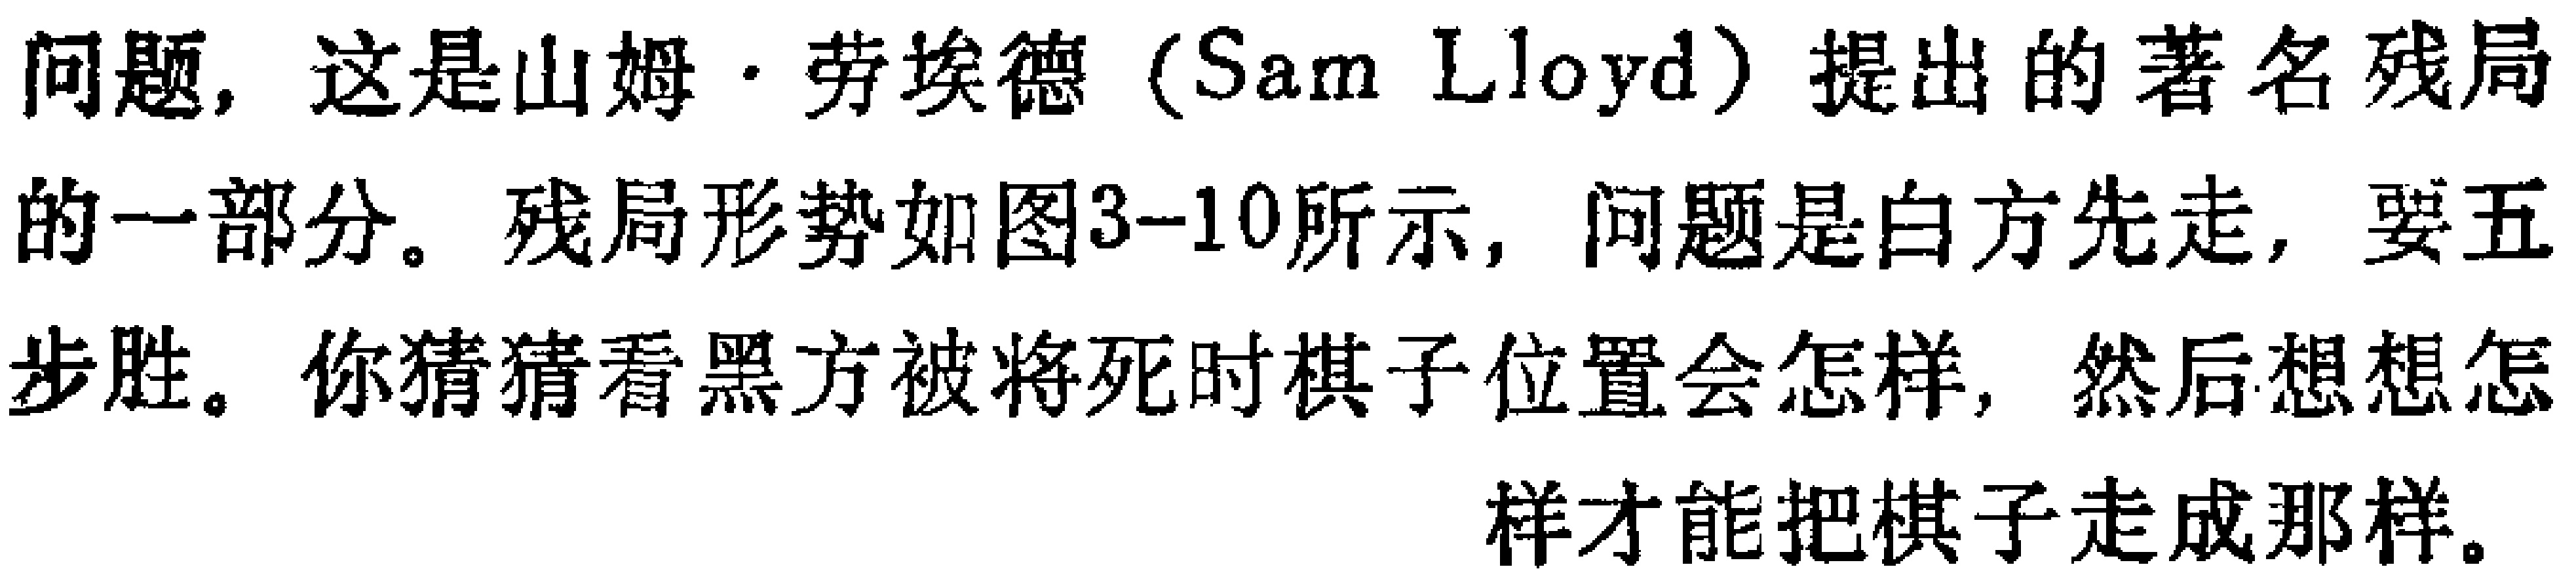
问题，这是山姆·劳埃德（Sam Lloyd）提出的著名残局的一部分。残局形势如图3-10所示，问题是白方先走，要五步胜。你猜猜看黑方被将死时棋子位置会怎样，然后想想怎样才能把棋子走成那样。